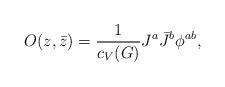
LaTeX: \begin{align*}O(z,\bar z)={1\over c_V(G)}J^a\bar J^b\phi^{ab},\end{align*}